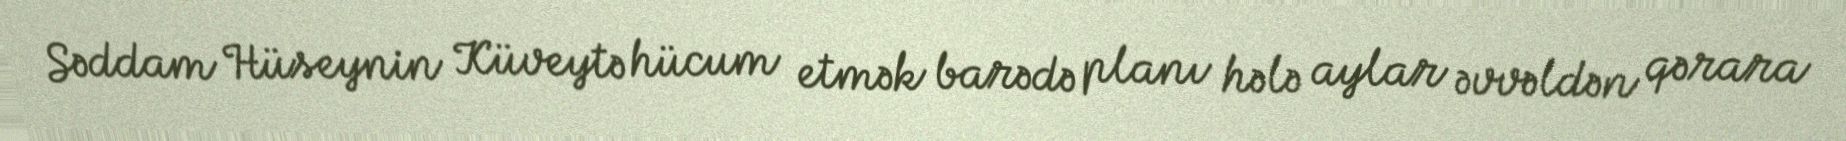
Səddam Hüseynin Küveytə hücum etmək barədə planı hələ aylar əvvəldən qərara